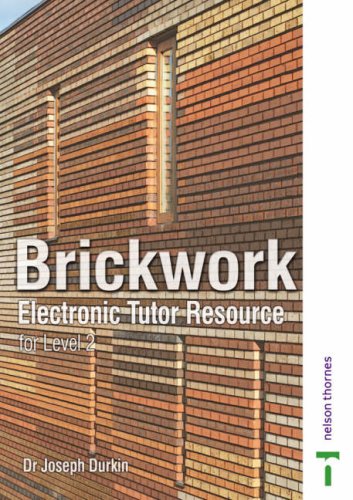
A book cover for Brickwork: Electronic Tutor Resource NVQ Level 2; Joseph Durkin; Teen & Young Adult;